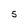
Character: 5